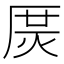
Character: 𤈲